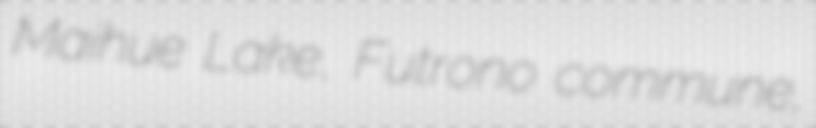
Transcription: Maihue Lake, Futrono commune,